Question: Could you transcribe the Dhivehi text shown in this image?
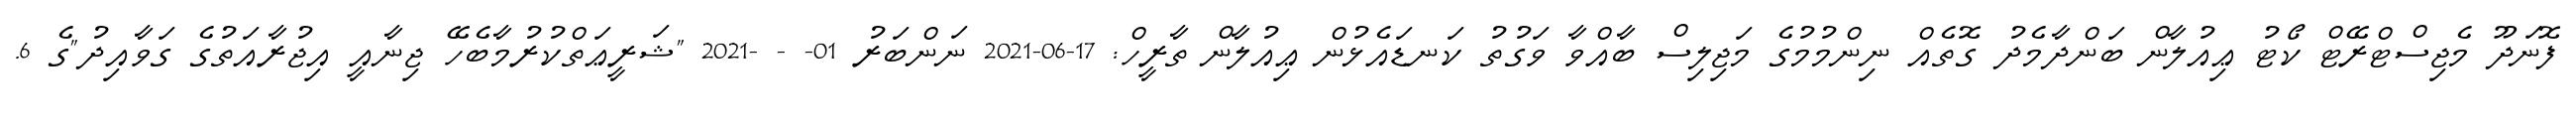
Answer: ފޮނަދޫ މެޖިސްޓްރޭޓް ކޯޓު ޢިއުލާން ބަންދާމެދު ގޮތެއް ނިންމުމުގެ މަޖިލިސް ބާއްވާ ވަގުތު ކަނޑައެޅުން ޢިއުލާން ތާރީހް: 17-06-2021 ނަންބަރު 01- - -2021 "ޝަރީޢަތްކުރުމާބެހޭ ޖިނާއީ އިޖުރާއަތުގެ ގަވާއިދު"ގެ 6.